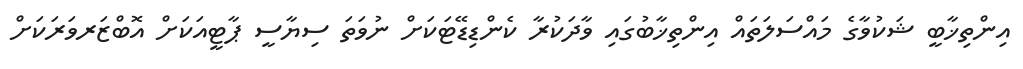
އިންތިޚާބީ ޝަކުވާގެ މައްސަލަތައް އިންތިޚާބުގައި ވާދަކުރާ ކެންޑިޑޭޓަކަށް ނުވަތަ ސިޔާސީ ޕާޓީއަކަށް އޮބްޒަރވަރަކަށް